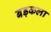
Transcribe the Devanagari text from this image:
बड़कला